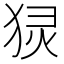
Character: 𬌴